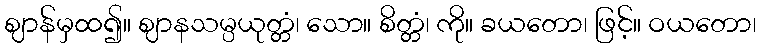
ဈာန်မှထ၍။ ဈာနသမ္ပယုတ္တံ၊ သော။ စိတ္တံ၊ ကို။ ခယတော၊ ဖြင့်။ ဝယတော၊